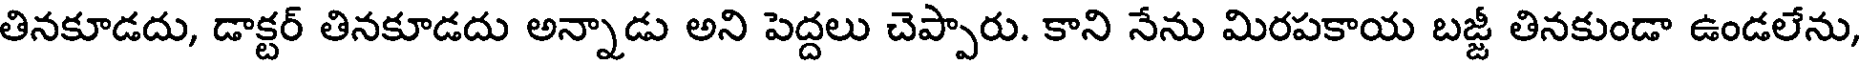
తినకూడదు, డాక్టర్ తినకూడదు అన్నాడు అని పెద్దలు చెప్పారు. కాని నేను మిరపకాయ బజ్జీ తినకుండా ఉండలేను,